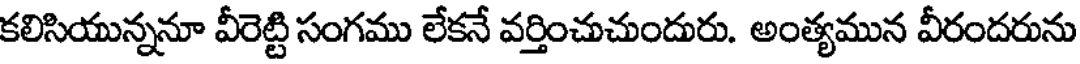
కలిసియున్ననూ వీరెట్టి సంగము లేకనే వర్తించుచుందురు. అంత్యమున వీరందరును